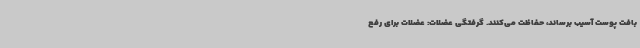
بافت پوست آسیب برساند، حفاظت می‌کنند. گرفتگی عضلات: عضلات برای رفع